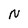
Character: N